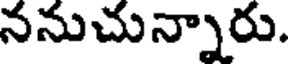
ననుచున్నారు.